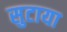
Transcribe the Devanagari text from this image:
सुटाया